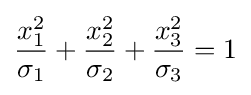
{\frac {x_{1}^{2}}{\sigma _{1}}}+{\frac {x_{2}^{2}}{\sigma _{2}}}+{\frac {x_{3}^{2}}{\sigma _{3}}}=1